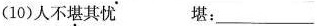
(10)人不堪其忧 堪：___